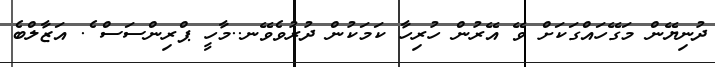
ދުނިޔޭން މަގޭހައްގަކަށް ވޭ އޭރުން ހުރިހާ ކަމަކުން ދުރުވެވޭނ..މާހީ ޕްރިންސަސް ެ. އަޒާލްބެ